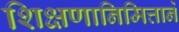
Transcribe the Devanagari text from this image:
शिक्षणानिमित्ताने